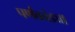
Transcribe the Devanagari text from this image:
पर्णकांड्या